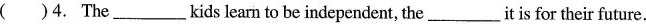
( )4. The ___kids learn to be independent, the ___ it is for their future.